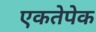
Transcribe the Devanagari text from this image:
एकतेपेक